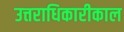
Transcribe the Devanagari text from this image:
उत्तराधिकारीकाल